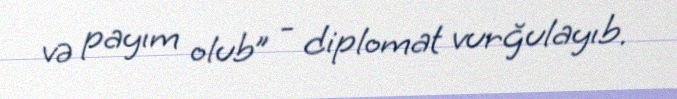
və payım olub” - diplomat vurğulayıb.